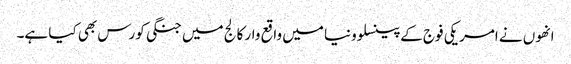
انھوں نے امریکی فوج کے پینسلوونیا میں واقع وار کالج میں جنگی کورس بھی کیا ہے۔